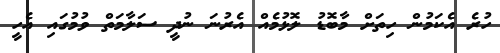
ހުރެ އެކަމުން ހިތަށް މާބޮޑު ލޮޅުމެއް އެރުނަ ނުދީ ސަލާމަތް ވުމުގައި އެހީ